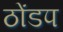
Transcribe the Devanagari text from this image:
ठोंडप